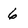
Character: 6